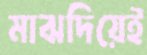
মাঝদিয়েই